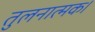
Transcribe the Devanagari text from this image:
तुलनात्मक।